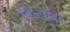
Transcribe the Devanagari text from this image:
विळारवत